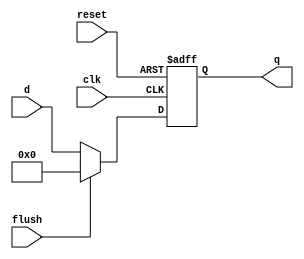
module floprc#(parameter WIDTH = 8)
		(input clk,reset,flush,
		input [WIDTH-1:0] d,
		output reg [WIDTH-1:0] q);
always @(posedge clk,posedge reset)
	if (reset) q <= #1 0;
	else if (flush) q <= #1 0;
	else q <= #1 d;
endmodule